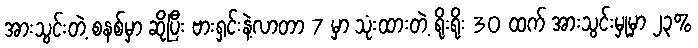
အားသွင်းတဲ့ စနစ်မှာ ဆိုပြီး ဗားရှင်းနဲ့လာတာ 7 မှာ သုံးထားတဲ့ ရိုးရိုး 30 ထက် အားသွင်းမှုမှာ ၂၃%